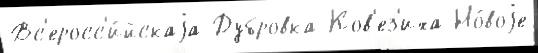
Вс'еросс'и́йскаjа Дубровка Ков'ез'иха Но́воjе